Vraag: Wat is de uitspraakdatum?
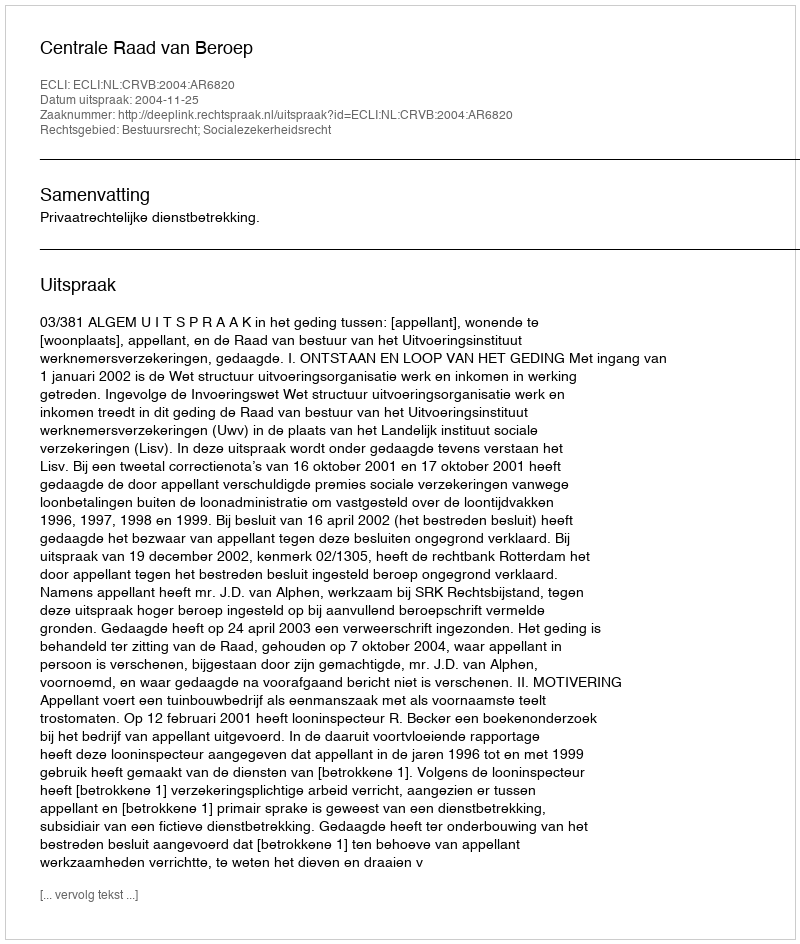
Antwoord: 2004-11-25